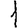
Digit: 1